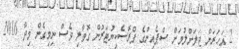
2 އަހަރަށް ޖަލަށްލުމަށް ސްޕެއިންގެ ޕްރޮސެކިޔުޓަރުން ގޮވާލި ވެސް ނިމިގެން މިދާ 2016